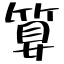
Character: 算